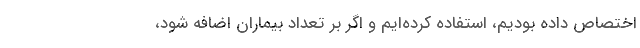
اختصاص داده بودیم، استفاده کرده‌ایم و اگر بر تعداد بیماران اضافه شود،